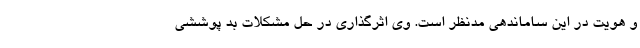
و هویت در این ساماندهی مدنظر است. وی اثرگذاری در حل مشکلات بد پوششی